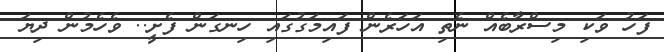
ފަހު ވަކި މިސްރާބެއް ނެތި އަހަރެން ފައިމަގުގައި ހިނގަން ފެށީ.. ވެހެމުން ދިޔަ